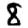
Digit: 8